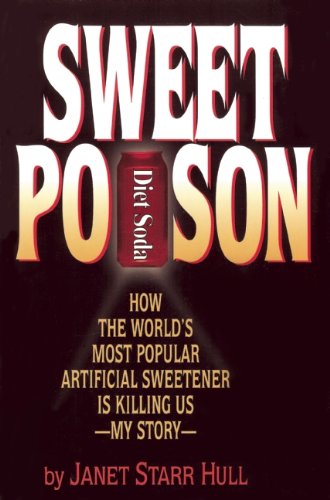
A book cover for Sweet Poison: How the World's Most Popular Artificial Sweetener Is Killing Us - My Story; Janet Hull; Health, Fitness & Dieting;